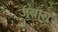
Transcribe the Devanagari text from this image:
जुबारा